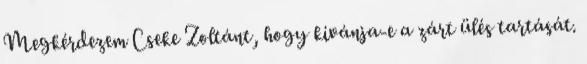
Megkérdezem Cseke Zoltánt, hogy kívánja-e a zárt ülés tartását.